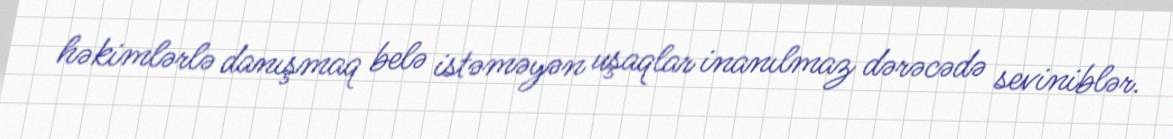
həkimlərlə danışmaq belə istəməyən uşaqlar inanılmaz dərəcədə seviniblər.